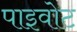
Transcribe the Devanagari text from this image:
पाइवोट